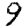
Digit: 9